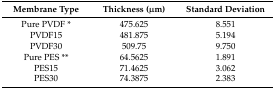
| Membrane Type | Thickness (μm) | Standard Deviation |
 | --- | --- | --- |
 | Pure PVDF * | 475.625 | 8.551 |
 | PVDF15 | 481.875 | 5.194 |
 | PVDF30 | 509.75 | 9.750 |
 | Pure PES ** | 64.5625 | 1.891 |
 | PES15 | 71.4625 | 3.062 |
 | PES30 | 74.3875 | 2.383 |